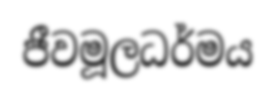
ජීවමූලධර්මය